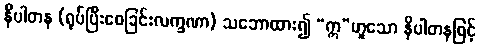
နိပါတန (ရုပ်ပြီးစေခြင်းလက္ခဏာ) သဘောထား၍ “ဣ”ဟူသော နိပါတနဖြင့်